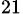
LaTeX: _{21}